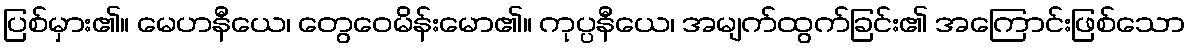
ပြစ်မှား၏။ မေဟနီယေ၊ တွေဝေမိန်းမော၏။ ကုပ္ပနီယေ၊ အမျက်ထွက်ခြင်း၏ အကြောင်းဖြစ်သော